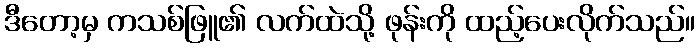
ဒီတော့မှ ကသစ်ဖြူ၏ လက်ထဲသို့ ဖုန်းကို ထည့်ပေးလိုက်သည်။